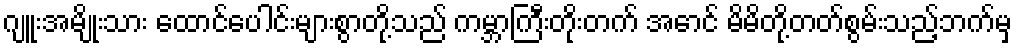
ဂျူးအမျိုးသား ထောင်ပေါင်းများစွာတို့သည် ကမ္ဘာကြီးတိုးတက် အောင် မိမိတို့တတ်စွမ်းသည့်ဘက်မှ